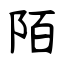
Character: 陌